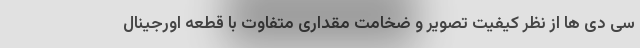
سی دی ها از نظر کیفیت تصویر و ضخامت مقداری متفاوت با قطعه اورجینال